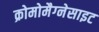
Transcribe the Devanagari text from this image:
क्रोमोमैग्‍नेसाइट